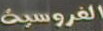
الفروسية